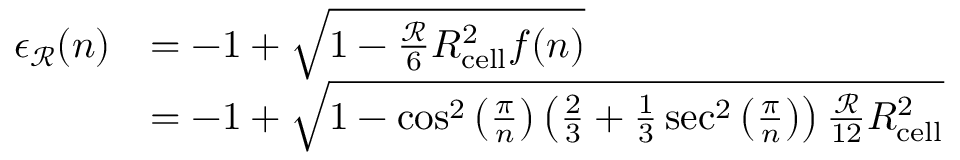
\begin{array} { r l } { \epsilon _ { \mathcal { R } } ( n ) } & { = - 1 + \sqrt { 1 - \frac { \mathcal { R } } { 6 } R _ { \mathrm { c e l l } } ^ { 2 } f ( n ) } } \\ & { = - 1 + \sqrt { 1 - \cos ^ { 2 } \left( \frac { \pi } { n } \right) \left( \frac { 2 } { 3 } + \frac { 1 } { 3 } \sec ^ { 2 } \left( \frac { \pi } { n } \right) \right) \frac { \mathcal { R } } { 1 2 } R _ { \mathrm { c e l l } } ^ { 2 } } } \end{array}